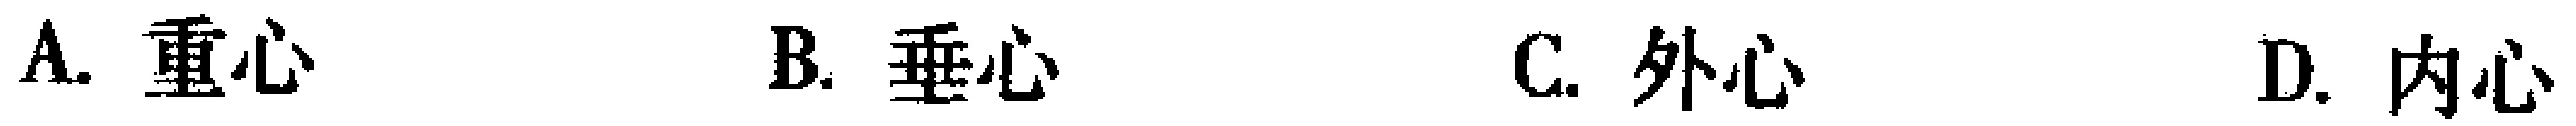
A. 重心
B. 垂心
C. 外心
D. 内心